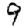
Digit: 9